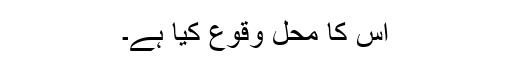
اس کا محل وقوع کیا ہے۔